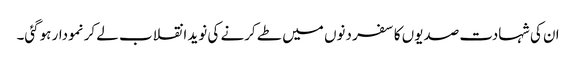
ان کی شہادت صدیوں کا سفر دنوں میں طے کرنے کی نوید انقلاب لے کر نمودار ہوگئی۔